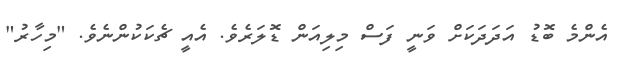
އެންމެ ބޮޑު އަދަދަކަށް ވަނީ ފަސް މިލިއަން ޑޮލަރެވެ. އެއީ ޗެކަކުންނެވެ. "މިހާރު"